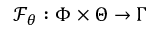
\mathcal { F } _ { \theta } : \Phi \times \Theta \rightarrow \Gamma